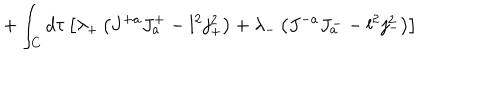
LaTeX: + \int _ { C } d \tau \left[ \lambda _ { + } \left( J ^ { + a } J _ { a } ^ { + } - l ^ { 2 } j _ { + } ^ { 2 } \right) + \lambda _ { - } \left( J ^ { - a } J _ { a } ^ { - } - l ^ { 2 } j _ { - } ^ { 2 } \right) \right]